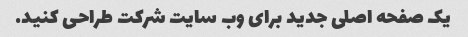
یک صفحه اصلی جدید برای وب سایت شرکت طراحی کنید.